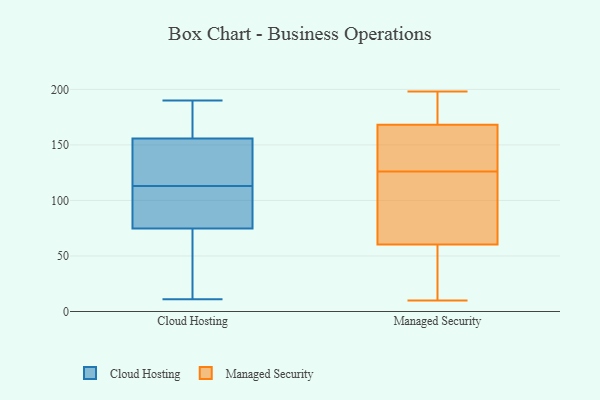
{"axis": {"x": "Page Views", "y": "Value"}, "legend": ["Cloud Hosting", "Managed Security"], "data": [{"x": "", "y": 65, "type": "Cloud Hosting"}, {"x": "", "y": 93, "type": "Cloud Hosting"}, {"x": "", "y": 153, "type": "Cloud Hosting"}, {"x": "", "y": 117, "type": "Cloud Hosting"}, {"x": "", "y": 111, "type": "Cloud Hosting"}, {"x": "", "y": 179, "type": "Cloud Hosting"}, {"x": "", "y": 190, "type": "Cloud Hosting"}, {"x": "", "y": 146, "type": "Cloud Hosting"}, {"x": "", "y": 164, "type": "Cloud Hosting"}, {"x": "", "y": 113, "type": "Cloud Hosting"}, {"x": "", "y": 177, "type": "Cloud Hosting"}, {"x": "", "y": 11, "type": "Cloud Hosting"}, {"x": "", "y": 78, "type": "Cloud Hosting"}, {"x": "", "y": 145, "type": "Cloud Hosting"}, {"x": "", "y": 46, "type": "Cloud Hosting"}, {"x": "", "y": 91, "type": "Cloud Hosting"}, {"x": "", "y": 42, "type": "Cloud Hosting"}, {"x": "", "y": 138, "type": "Managed Security"}, {"x": "", "y": 198, "type": "Managed Security"}, {"x": "", "y": 103, "type": "Managed Security"}, {"x": "", "y": 157, "type": "Managed Security"}, {"x": "", "y": 26, "type": "Managed Security"}, {"x": "", "y": 198, "type": "Managed Security"}, {"x": "", "y": 126, "type": "Managed Security"}, {"x": "", "y": 76, "type": "Managed Security"}, {"x": "", "y": 10, "type": "Managed Security"}, {"x": "", "y": 55, "type": "Managed Security"}, {"x": "", "y": 172, "type": "Managed Security"}]}